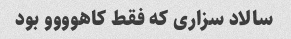
سالاد سزاری که فقط کاهوووو بود